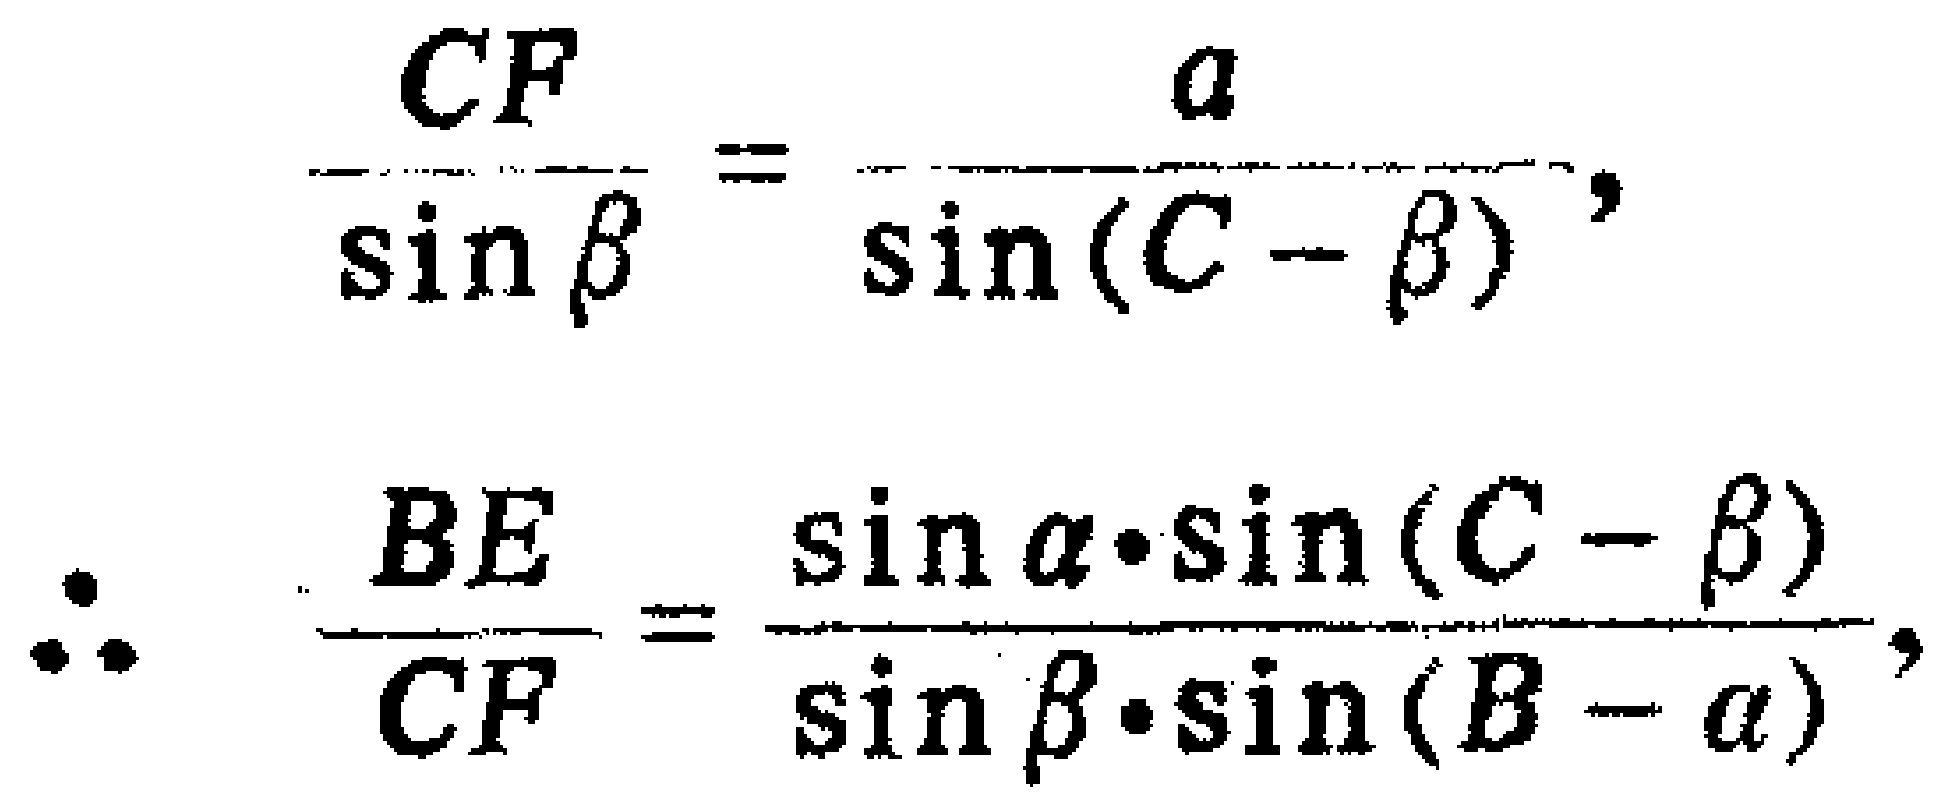
\[\begin{align*}

\frac{CF}{\sin\beta}&=\frac{a}{\sin(C - \beta)},\\

\therefore\frac{BE}{CF}&=\frac{\sin\alpha\cdot\sin(C - \beta)}{\sin\beta\cdot\sin(B - \alpha)},

\end{align*}\]